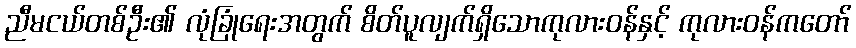
ညီမငယ်တစ်ဦး၏ လုံခြုံရေးအတွက် စိတ်ပူလျက်ရှိသောကုလားဝန်နှင့် ကုလားဝန်ကတော်